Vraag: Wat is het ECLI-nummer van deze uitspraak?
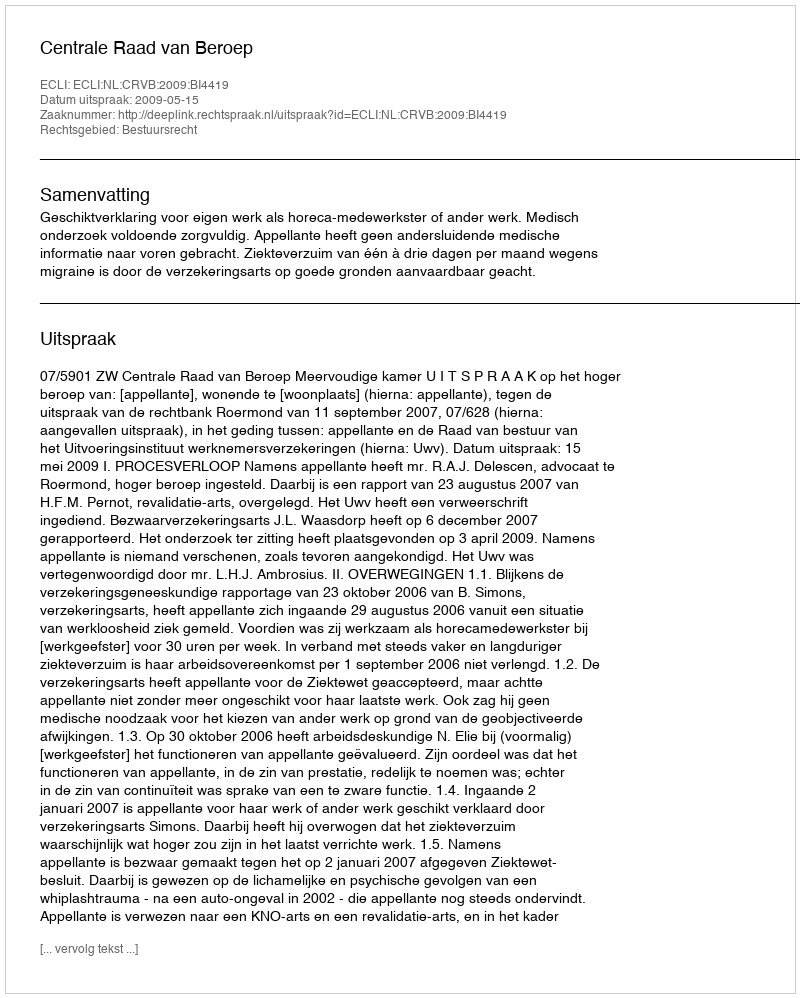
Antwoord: ECLI:NL:CRVB:2009:BI4419